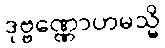
ဒုဗ္ဗဏ္ဏောဟမသ္မိ